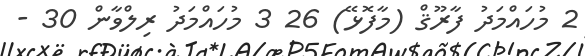
2 މުހައްމަދު ފާރޫޤް (މާފޮޅޭ) 26 3 މުހައްމަދު ރިލްވާން 30 -